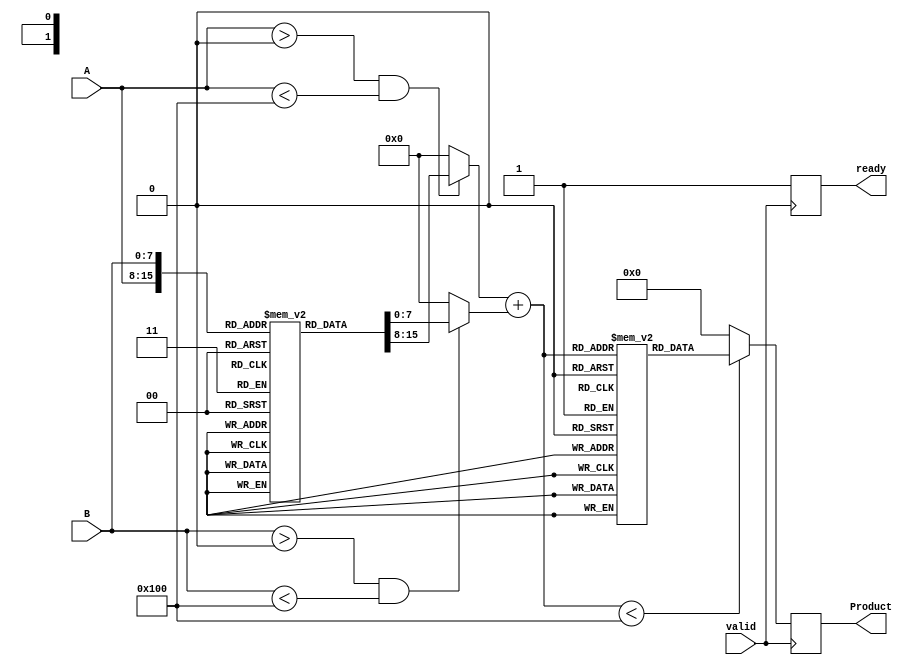
module LogarithmicMultiplier #(
    parameter N = 8,  // Input width
    parameter M = 8,  // Logarithmic representation width
    parameter P = 16  // Output width
)(
    input  [N-1:0] A,  // Input A
    input  [N-1:0] B,  // Input B
    input  valid,      // Input valid signal
    output reg [P-1:0] Product, // Output product
    output reg ready    // Output ready signal
);

    // Logarithmic LUT (example values, should be filled with actual log values)
    reg [M-1:0] logLUT [0:255]; // Assuming 8-bit input, 256 entries
    initial begin
        // Populate logLUT with appropriate logarithmic values
        // logLUT[0] = 0; // log(0) is undefined, handle separately
        // logLUT[1] = 0; // log(1) = 0
        // logLUT[2] = ...; // Fill in values for log(2), log(3), ..., log(255)
    end

    // Exponential LUT (example values, should be filled with actual exp values)
    reg [P-1:0] expLUT [0:(1 << M)-1]; // Assuming M bits for log result
    initial begin
        // Populate expLUT with appropriate exponential values
        // expLUT[0] = 1; // exp(0) = 1
        // expLUT[1] = ...; // Fill in values for exp(1), exp(2), ..., exp(max)
    end

    reg [M-1:0] logA; // Logarithmic representation of A
    reg [M-1:0] logB; // Logarithmic representation of B
    reg [M-1:0] logResult; // Result of logA + logB

    always @(posedge valid) begin
        // Logarithmic conversion
        if (A > 0 && A < 256) begin
            logA = logLUT[A];
        end else begin
            logA = 0; // Handle out of range
        end

        if (B > 0 && B < 256) begin
            logB = logLUT[B];
        end else begin
            logB = 0; // Handle out of range
        end

        // Addition of logarithmic values
        logResult = logA + logB;

        // Exponential conversion
        if (logResult < (1 << M)) begin
            Product = expLUT[logResult];
        end else begin
            Product = 0; // Handle out of range
        end

        ready = 1; // Indicate that the product is ready
    end

endmodule